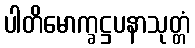
ပါတိမောက္ခဋ္ဌပနာသုတ္တံ